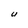
Character: U